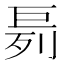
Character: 𪩤